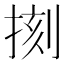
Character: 𢮰